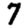
Digit: 7